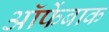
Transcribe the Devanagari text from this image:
ऑफेंबाक